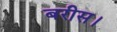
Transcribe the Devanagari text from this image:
बरीस।